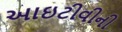
આઇટીવીની